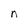
Character: n